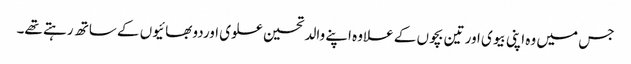
جس میں وہ اپنی بیوی اور تین بچوں کے علاوہ اپنے والد تحسین علوی اوردو بھائیوں کے ساتھ رہتے تھے۔